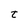
Character: t